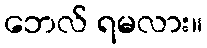
ဘေလ် ရမလား။